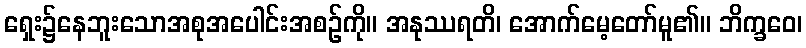
ရှေး၌နေဘူးသောအစုအပေါင်းအစဉ်ကို။ အနုဿရတိ၊ အောက်မေ့တော်မူ၏။ ဘိက္ခဝေ၊